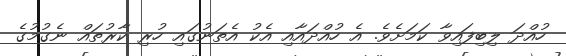
ހުއްދަ ލިބިފައިވާ ކަމަށެވެ. އެ ހުއްދައާއި އެކު އެތަނުގައި ހުރި ކާރުތައް ނެގުމުގެ